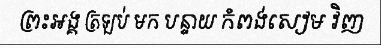
ព្រះអង្គ ត្រឡប់ មក បន្ទាយ កំពង់សៀម វិញ